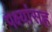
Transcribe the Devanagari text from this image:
पक्ष्यांसह